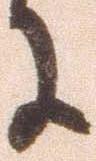
に